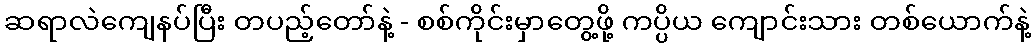
ဆရာလဲကျေနပ်ပြီး တပည့်တော်နဲ့ - စစ်ကိုင်းမှာတွေ့ဖို့ ကပ္ပိယ ကျောင်းသား တစ်ယောက်နဲ့